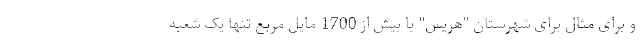
و برای مثال برای شهرستان "هریس" با بیش از 1700 مایل مربع تنها یک شعبه